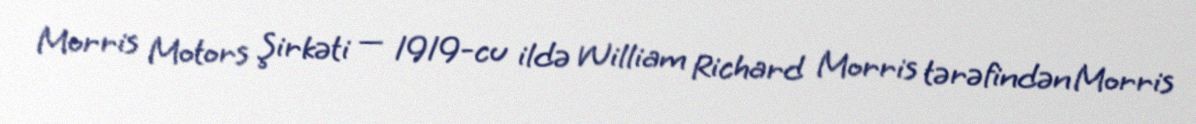
Morris Motors Şirkəti — 1919-cu ildə William Richard Morris tərəfindən Morris